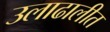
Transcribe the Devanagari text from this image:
उलाढालीत